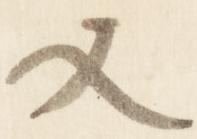
又